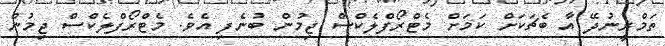
ތަމްރީނުދޭ އާ ބެޗަކަށް ކަމަށް މެޓްރޯފްލެކްސް ޖިމުން ބުނެފި އެވެ. މެޓްރޯފްލެކްސް ޖިމުން